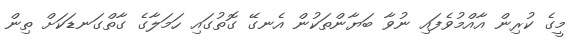
މީގެ ކުރިން އާއްމުވެފައި ނުވާ ބަޔާންތަކުން އެނގޭ ގޮތުގައި ހަމަލާގެ ގާތްގަނޑަކަށް ތިން